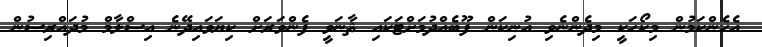
އެހެންކަމުން މިކޯހަކީ މިދެންނެވި އުނިކަން ފޫބެއްދުމަށްޓަކައި ޘާނަވީ ފެންވަރަށް ކިޔަވައިދޭނެ އިސްލާމް މުދައްރިސުން